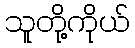
သူတို့ကိုယ်